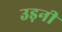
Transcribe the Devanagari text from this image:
उड़नी